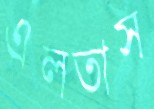
এলতাস